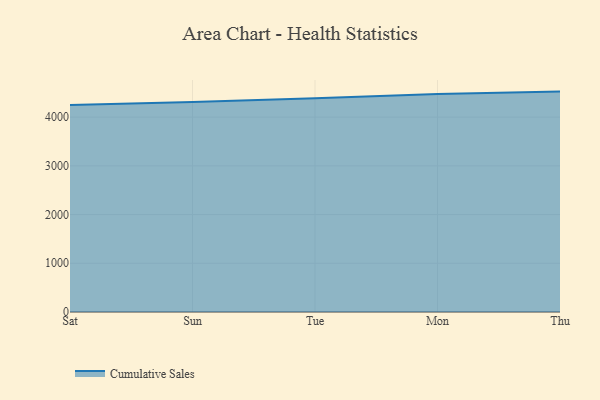
{"axis": {"x": "Day", "y": "Operating Costs (USD K)"}, "legend": ["Cumulative Sales"], "data": [{"x": "Sat", "y": 4246.8, "type": "Cumulative Sales"}, {"x": "Sun", "y": 4309.2, "type": "Cumulative Sales"}, {"x": "Tue", "y": 4387.9, "type": "Cumulative Sales"}, {"x": "Mon", "y": 4472.4, "type": "Cumulative Sales"}, {"x": "Thu", "y": 4523.5, "type": "Cumulative Sales"}]}